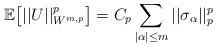
\begin{align*} \mathbb{E}\big[||U||_{W^{m,p}}^p\big] = C_p\sum_{|\alpha|\leq m} ||\sigma_{\alpha}||_p^p\end{align*}